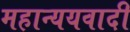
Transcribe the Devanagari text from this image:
महान्ययवादी